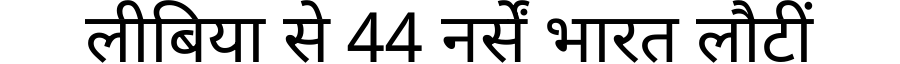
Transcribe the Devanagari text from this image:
लीबिया से 44 नर्सें भारत लौटीं